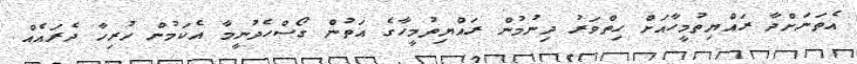
އެތަނަށްދާ ރައްޔިތުމީހާއަށް ހިތްވަރު ދިނުމުން ރައްޔިތުމީހާގެ އަތުން ގޯސްހެދުނީމާ އެކަމުން ހުރިހާ ދެރައެއް